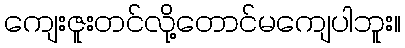
ကျေးဇူးတင်လို့တောင်မကျေပါဘူး။